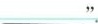
___".